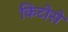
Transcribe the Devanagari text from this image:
किटोसे